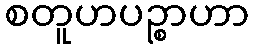
စတူဟပဉ္စာဟာ